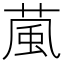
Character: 葻